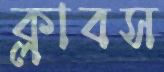
ক্লাবস